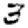
Digit: 3